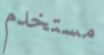
مستخدم